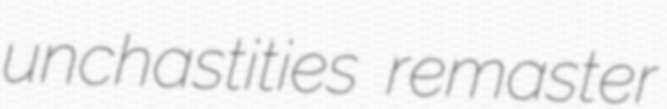
unchastities remaster